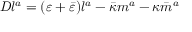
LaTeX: D l ^ { a } = ( \varepsilon + { \bar { \varepsilon } } ) l ^ { a } - { \bar { \kappa } } m ^ { a } - \kappa { \bar { m } } ^ { a }